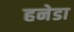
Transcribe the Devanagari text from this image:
हनेडा